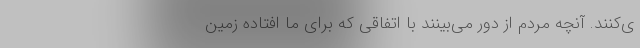
ی‌کنند. آنچه مردم از دور می‌بینند با اتفاقی که برای ما افتاده زمین